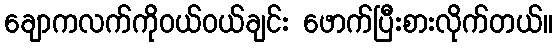
ချောကလက်ကိုဝယ်ဝယ်ချင်း ဖောက်ပြီးစားလိုက်တယ်။